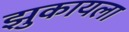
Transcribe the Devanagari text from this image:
झुकायला